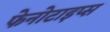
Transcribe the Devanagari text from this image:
फेनोटाइप्स